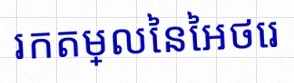
រកតម្លៃនៃអថេរ